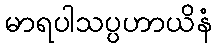
မာရပါသပ္ပဟာယိနံ